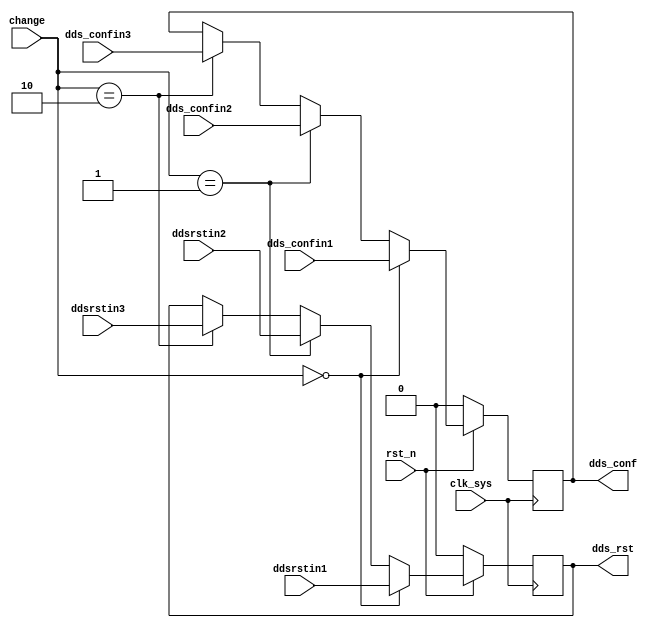
// dds_change.v

module dds_change(
                  rst_n,
                  clk_sys,
                  change,
                  dds_rst,
                  ddsrstin1,
                  ddsrstin2,
                  ddsrstin3,
                  dds_conf,
                  dds_confin1,
                  dds_confin2,
                  dds_confin3
                 );

input rst_n;
input clk_sys;
input [1:0] change;


output dds_rst;
input  ddsrstin1;
input  ddsrstin2;
input  ddsrstin3;
reg dds_rst;

output dds_conf;
input  dds_confin1;
input  dds_confin2;
input  dds_confin3;
reg dds_conf;


always @ (posedge clk_sys)
    begin
         if (rst_n == 1'b0)
             begin
                  dds_rst   <= 1'b0;
                  dds_conf  <= 1'b0;
             end
         else
             begin
                  if (change == 2'b00)
                      begin
                           dds_rst   <= ddsrstin1;
                           dds_conf  <= dds_confin1;
                      end
                  else if (change == 2'b01)
                      begin
                           dds_rst   <= ddsrstin2;
                           dds_conf  <= dds_confin2;
                      end
                  else if (change == 2'b10)
                      begin
                           dds_rst   <= ddsrstin3;
                           dds_conf  <= dds_confin3;
                      end
                  else
                      begin
                           dds_rst   <= dds_rst;
                           dds_conf  <= dds_conf;
                      end
             end
    end

endmodule